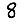
Digit: 8